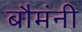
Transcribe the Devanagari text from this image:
बौमंनी